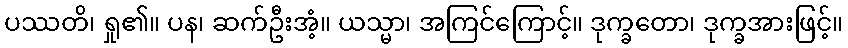
ပဿတိ၊ ရှု၏။ ပန၊ ဆက်ဦးအံ့။ ယသ္မာ၊ အကြင်ကြောင့်။ ဒုက္ခတော၊ ဒုက္ခအားဖြင့်။